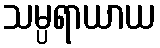
သမ္ပရာယာယ